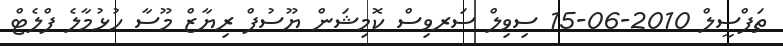
ތަފްސީލް 2010-06-15 ސިވިލް ސަރވިސް ކޮމިޝަން ޔޫސުފް ރިޔާޒް މޫސާ ހުޅުމާލެ ފްލެޓް